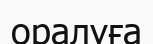
оралуға